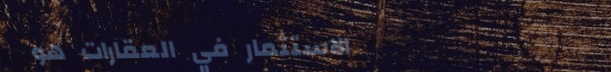
الاستثمار في العقارات هو